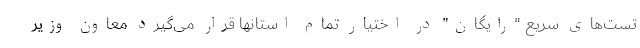
تست‌های سریع "رایگان" در اختیار تمام استانها قرار می‌گیرد معاون وزیر